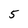
Character: 5